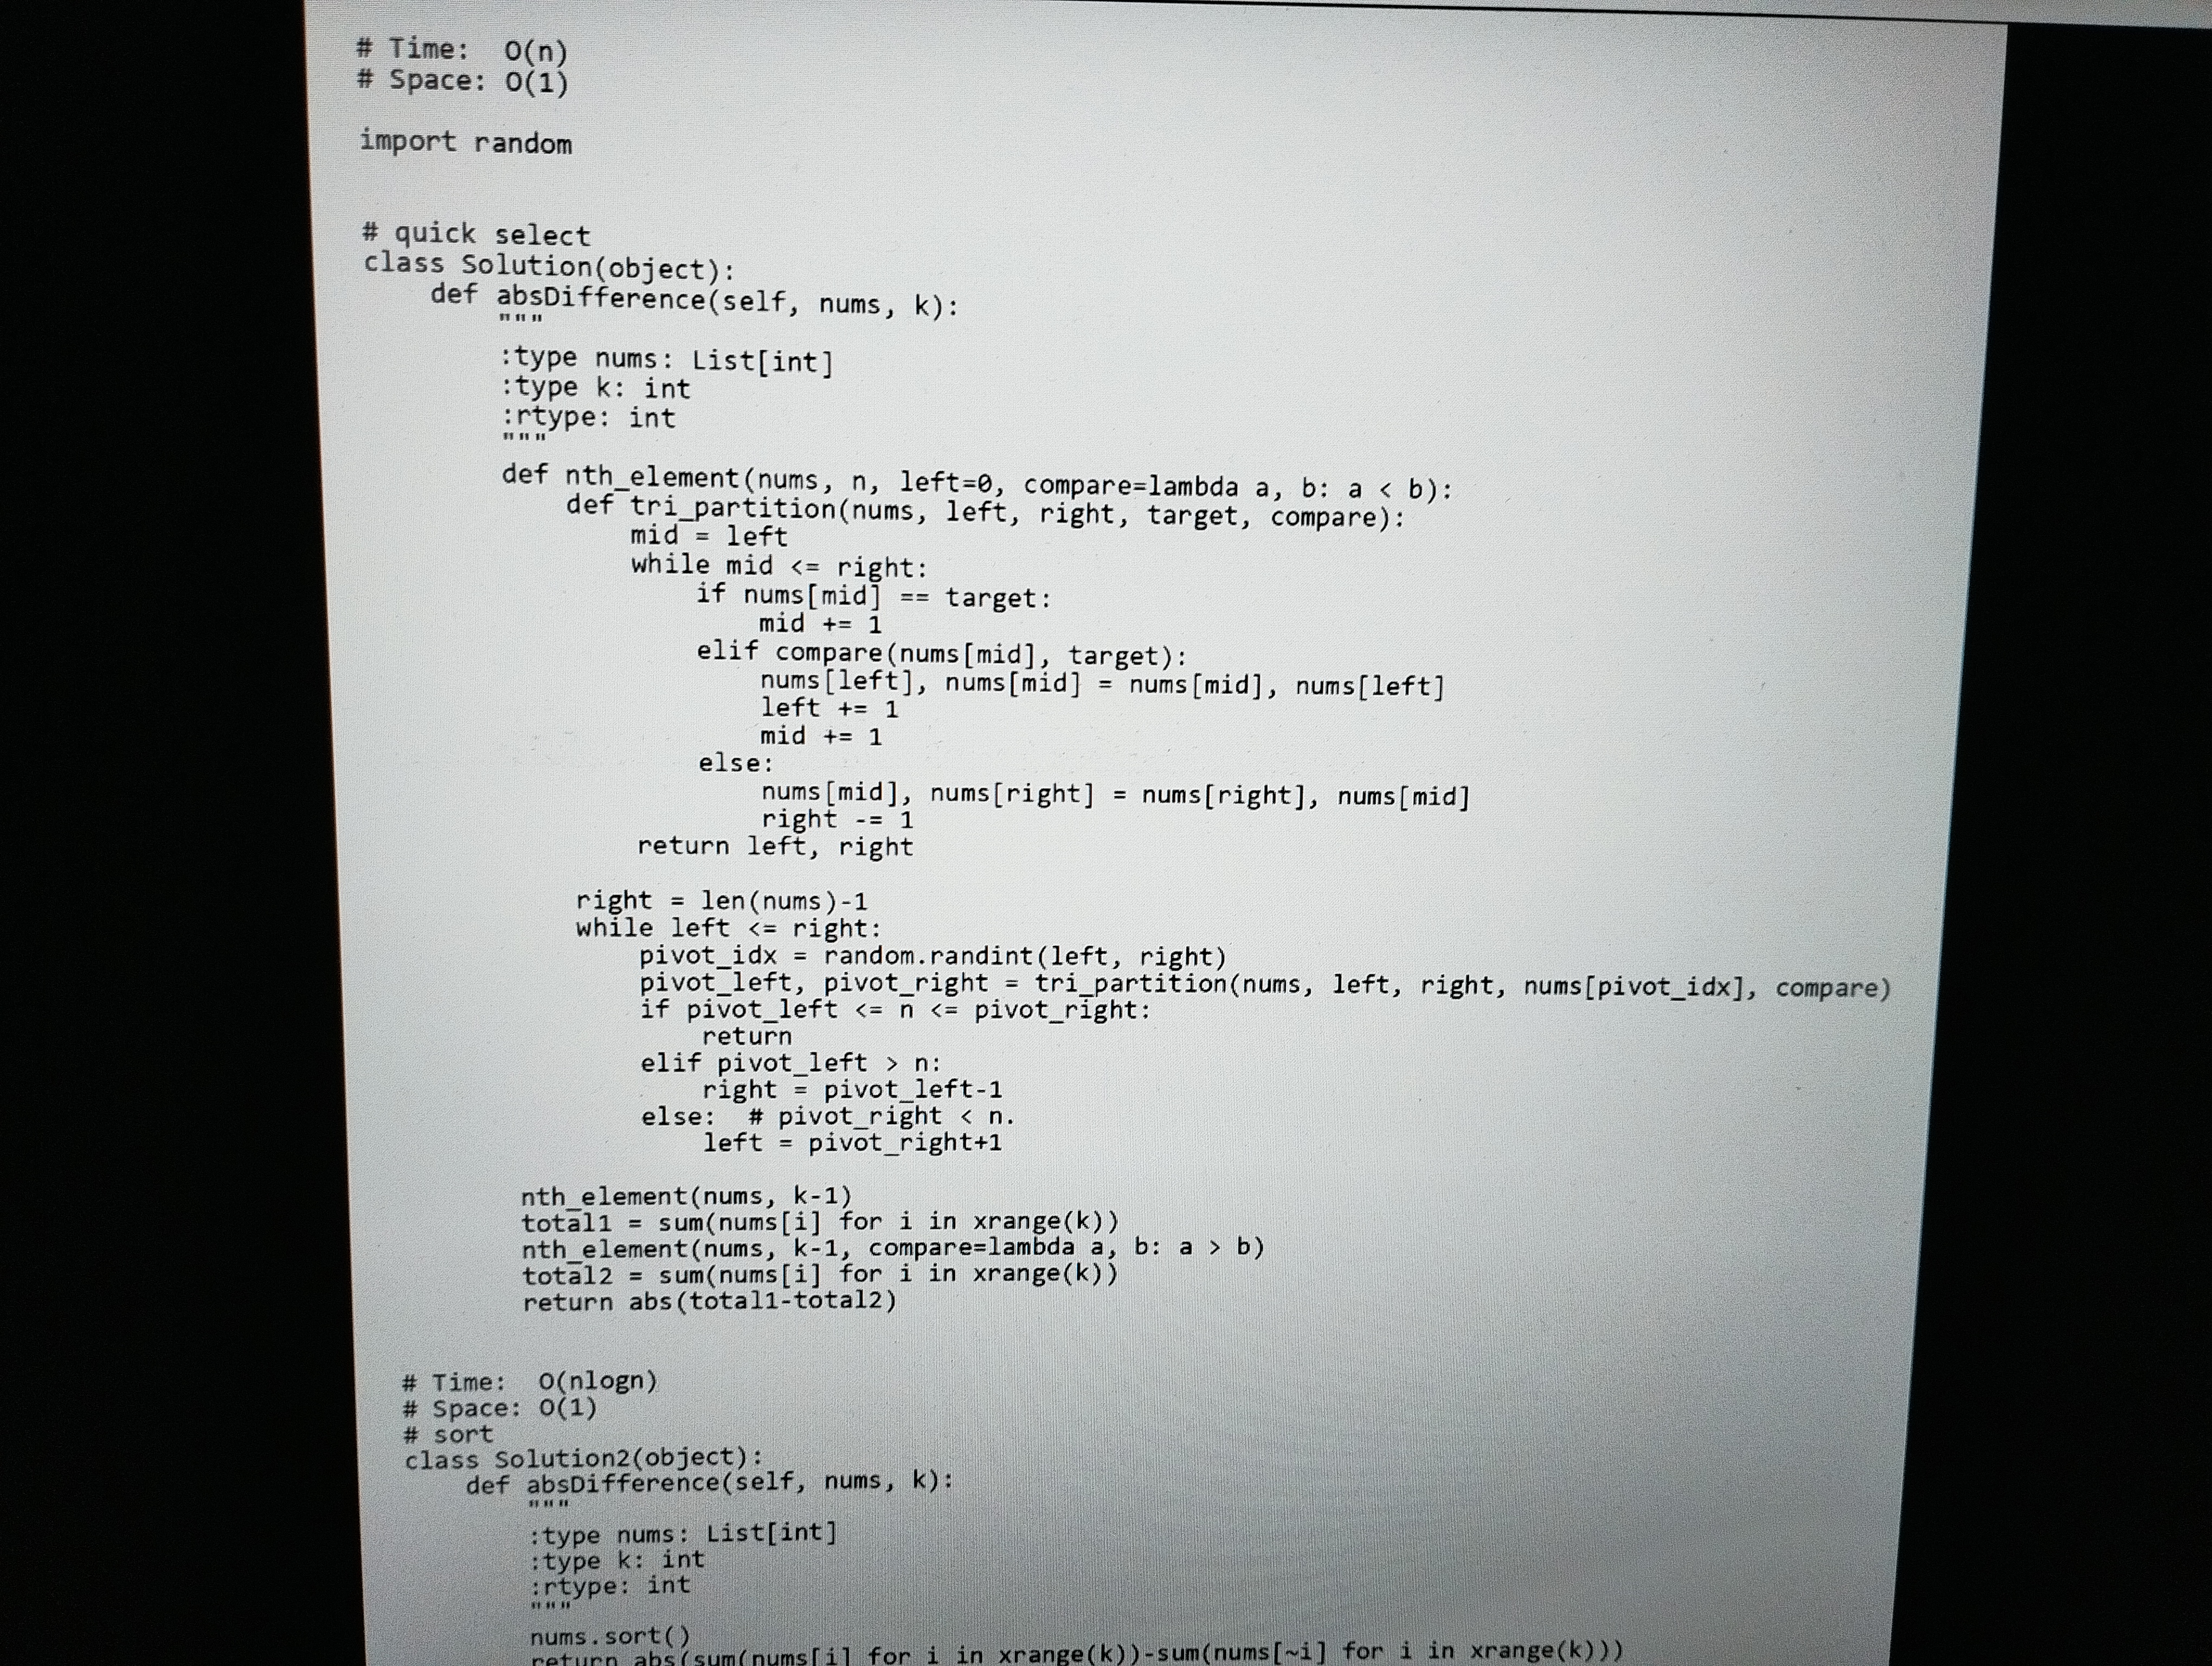
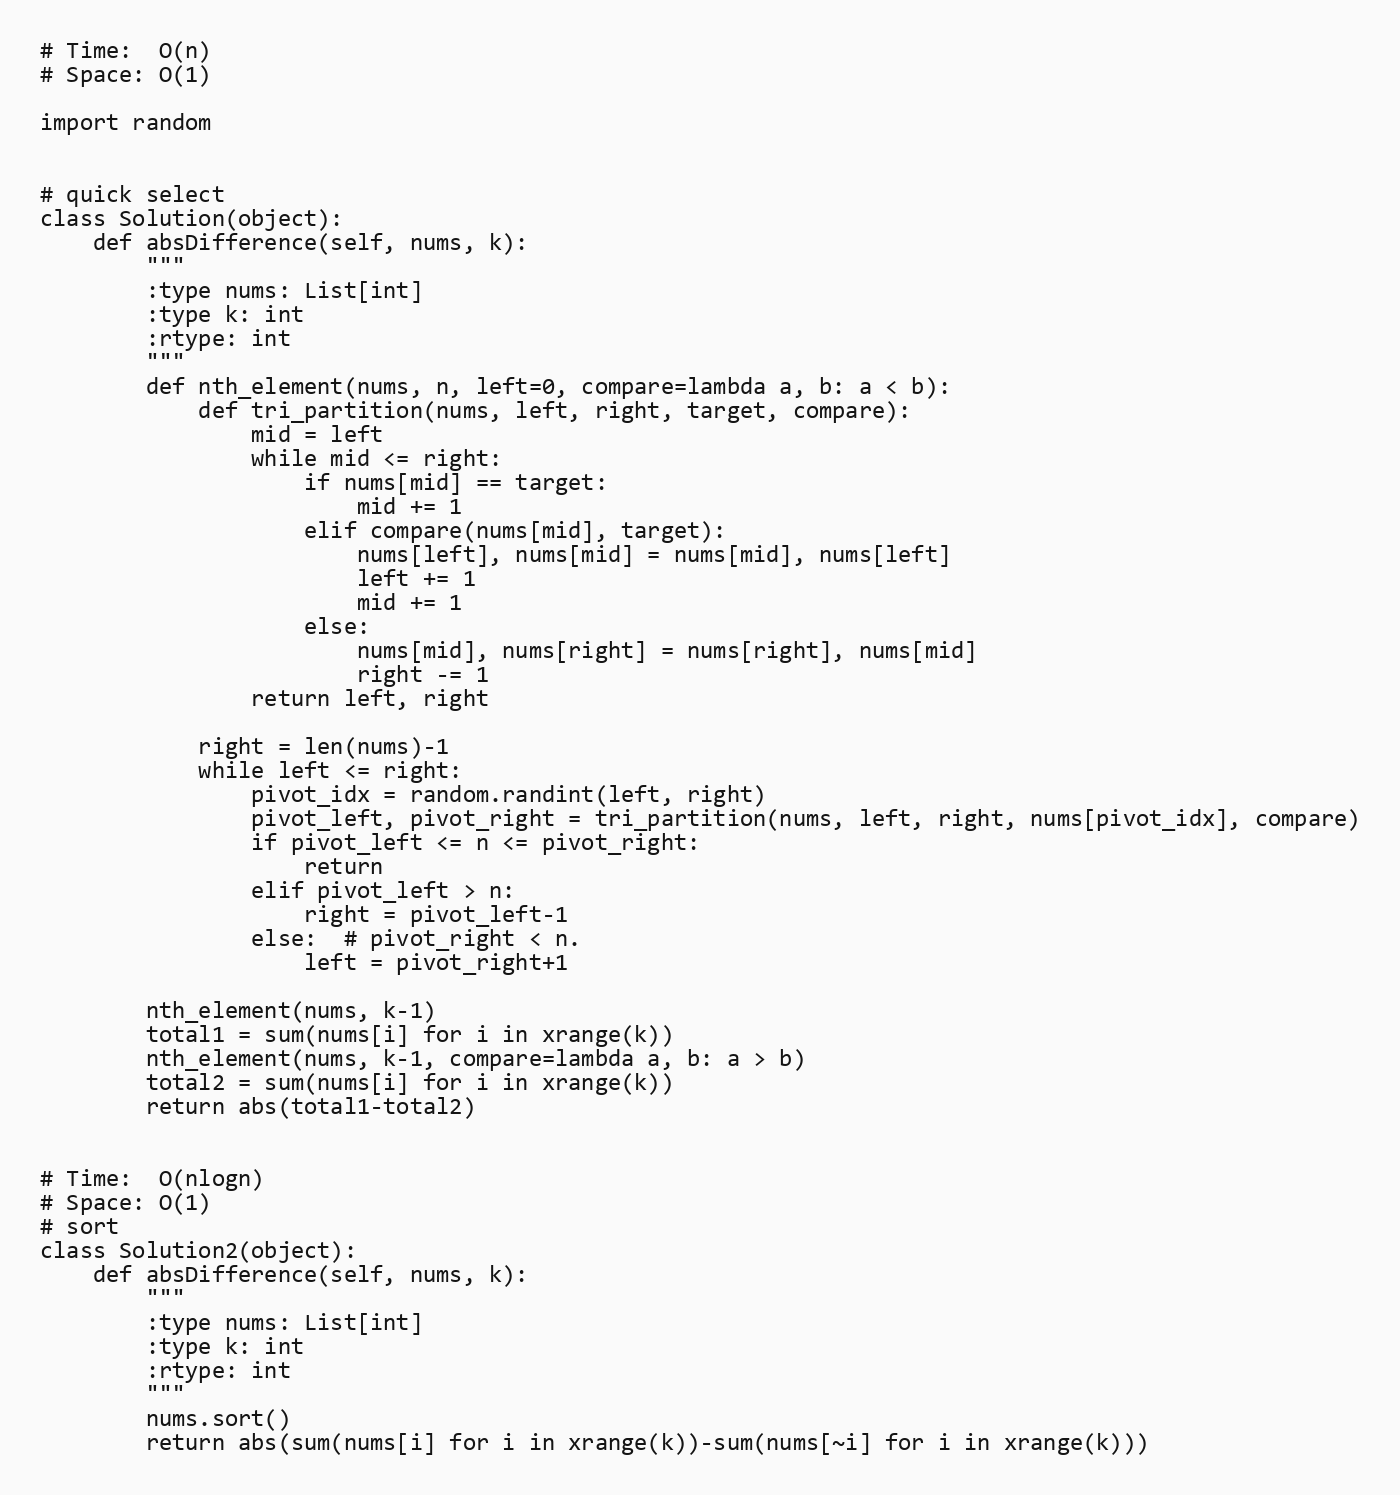
# Time:  O(n)
# Space: O(1)

import random

# quick select
class Solution(object):
    def absDifference(self, nums, k):
        """
        :type nums: List[int]
        :type k: int
        :rtype: int
        """
        def nth_element(nums, n, left=0, compare=lambda a, b: a < b):
            def tri_partition(nums, left, right, target, compare):
                mid = left
                while mid <= right:
                    if nums[mid] == target:
                        mid += 1
                    elif compare(nums[mid], target):
                        nums[left], nums[mid] = nums[mid], nums[left]
                        left += 1
                        mid += 1
                    else:
                        nums[mid], nums[right] = nums[right], nums[mid]
                        right -= 1
                return left, right

            right = len(nums)-1
            while left <= right:
                pivot_idx = random.randint(left, right)
                pivot_left, pivot_right = tri_partition(nums, left, right, nums[pivot_idx], compare)
                if pivot_left <= n <= pivot_right:
                    return
                elif pivot_left > n:
                    right = pivot_left-1
                else:  # pivot_right < n.
                    left = pivot_right+1

        nth_element(nums, k-1)
        total1 = sum(nums[i] for i in xrange(k))
        nth_element(nums, k-1, compare=lambda a, b: a > b)
        total2 = sum(nums[i] for i in xrange(k))
        return abs(total1-total2)

# Time:  O(nlogn)
# Space: O(1)
# sort
class Solution2(object):
    def absDifference(self, nums, k):
        """
        :type nums: List[int]
        :type k: int
        :rtype: int
        """
        nums.sort()
        return abs(sum(nums[i] for i in xrange(k))-sum(nums[~i] for i in xrange(k)))